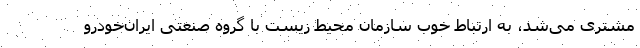
مشتری می‌شد، به ارتباط خوب سازمان محیط زیست با گروه صنعتی ایران‌خودرو